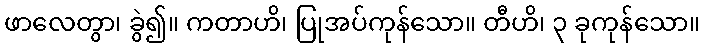
ဖာလေတွာ၊ ခွဲ၍။ ကတာဟိ၊ ပြုအပ်ကုန်သော။ တီဟိ၊ ၃ ခုကုန်သော။